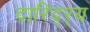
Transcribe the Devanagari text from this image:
दारिद्‌ऱ्य